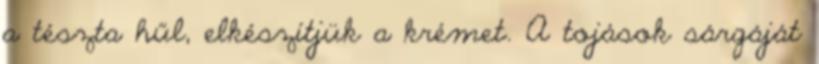
a tészta hűl, elkészítjük a krémet. A tojások sárgáját